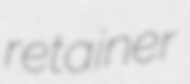
retainer